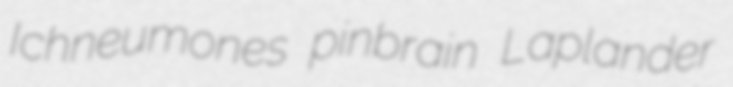
Ichneumones pinbrain Laplander